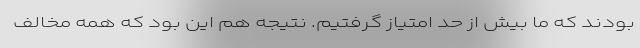
بودند که ما بیش از حد امتیاز گرفتیم. نتیجه هم این بود که همه مخالف